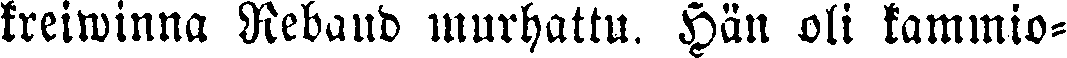
kreiwinna Rebaud murhattu. Hän oli kammio-